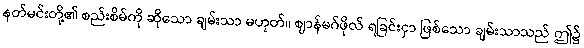
နတ်မင်းတို့၏ စည်းစိမ်ကို ဆိုသော ချမ်းသာ မဟုတ်။ ဈာန်မဂ်ဖိုလ် ရခြင်းငှာ ဖြစ်သော ချမ်းသာသည် ဤ၌